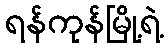
ရန်ကုန်မြို့ရဲ့